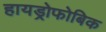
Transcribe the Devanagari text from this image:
हायड्रोफोबिक